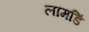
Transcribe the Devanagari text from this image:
लामडिं